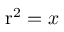
\mathrm { r } ^ { 2 } = x \,